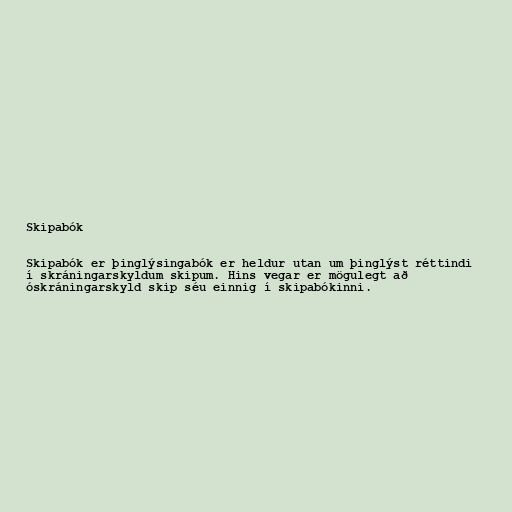
Skipabók

Skipabók er þinglýsingabók er heldur utan um þinglýst réttindi
í skráningarskyldum skipum. Hins vegar er mögulegt að
óskráningarskyld skip séu einnig í skipabókinni.